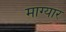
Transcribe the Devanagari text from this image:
माग्यार